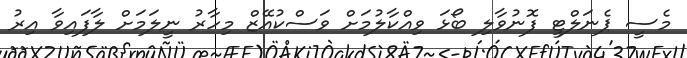
މެސީ ޕެނަލްޓީ ފޮނުވާލި ބޯޅަ ވިއްކާލުމަށް ވަސްކުއޭޒް މިހާރު ނީލަމަށް ލާފައިވާ އިރު